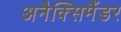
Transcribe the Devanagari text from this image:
अनैक्सिमैंडर